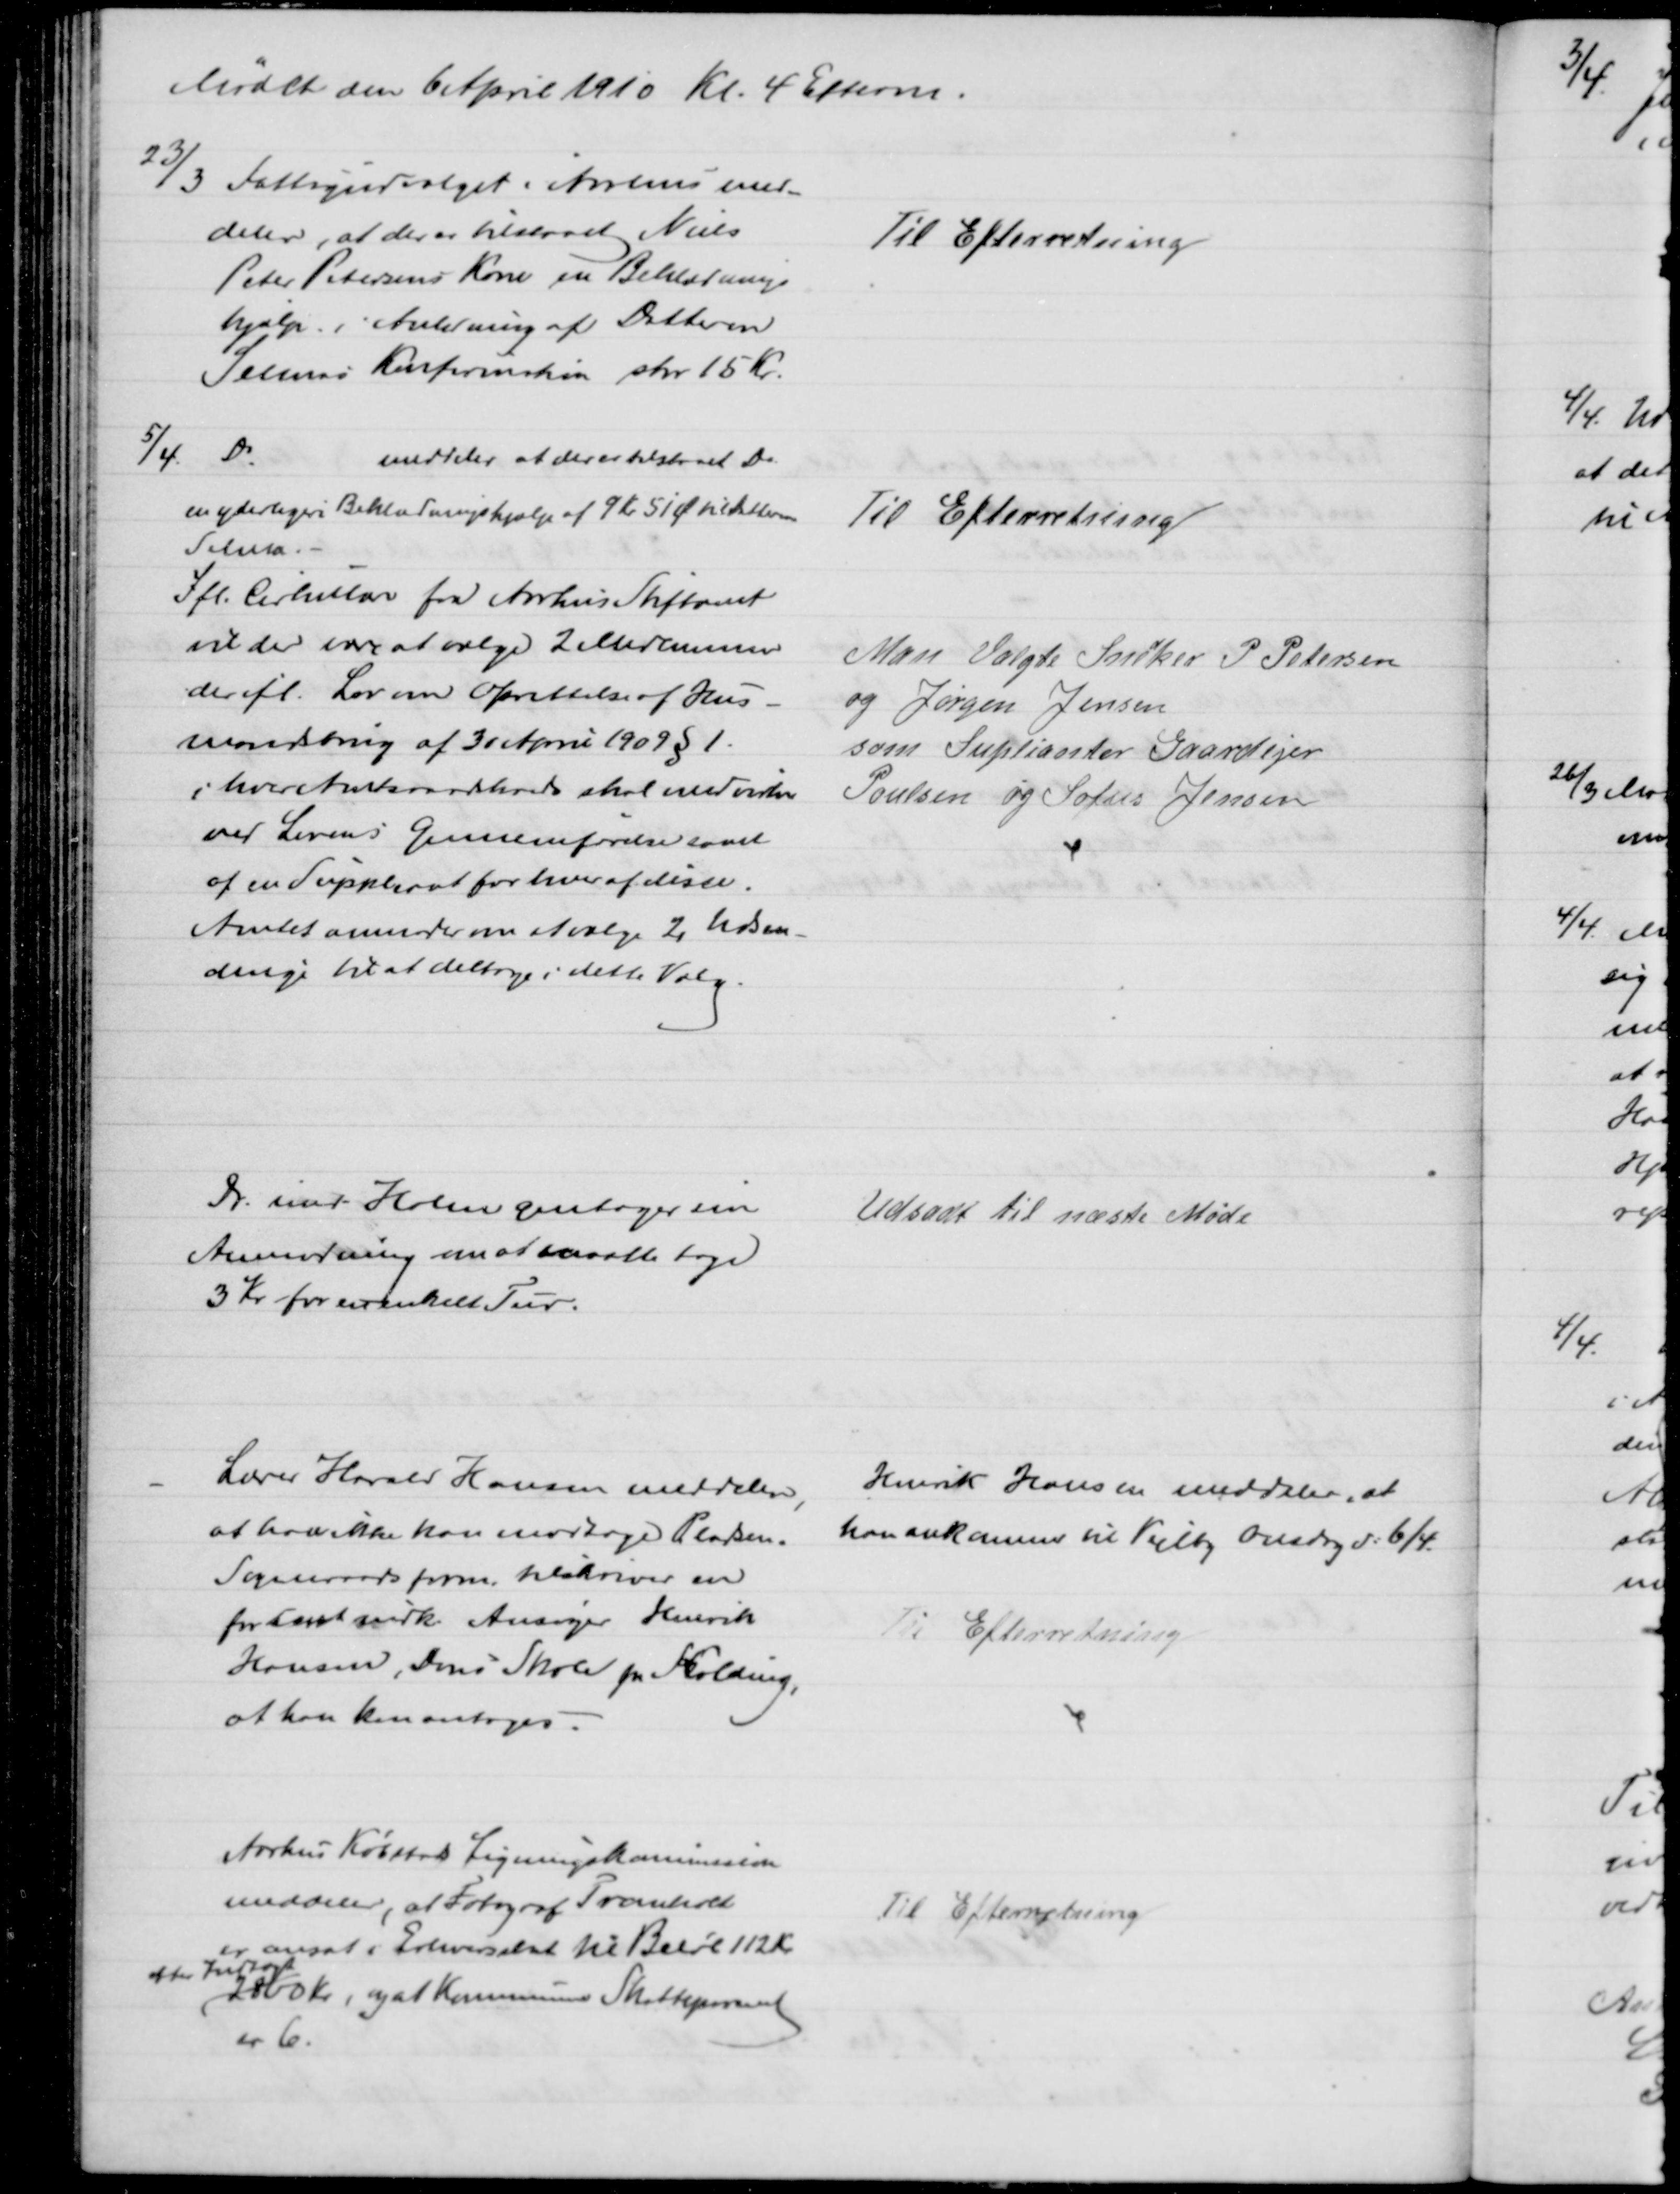
Transskription:
Mødet den 6 April 1910 Kl. 4 Efterm.
23/3 Fattigudvalget i Aarhus med-
deler, at der er tilstaaet Niels
Peter Petersens Kone en Beklædnings
hjælp i Anledning af Datteren
Selmas Konfirmation stor 15 Kr.
Til Efterretning
5/4
Do
meddeler at der er tilstaaet Do
en yderligere Beklædningshjælp af 9 Kr 51 Ø til Datteren
Selma.
Til Efterretning
Ifl. Cirkulære fra Aarhus Stiftamt
vil der være at vælge 2 Medlemmer
der ifl. Lov om Oprettelse af Hus-
mandsbrug af 30 April 1909 § 1.
i hver Amtsraadskreds skal medvirke
ved Lovens Gennemførelse samt
af en Suppleant for hver af disse.
Amtet anmoder om at vælge 2 Udsen-
dinge til at deltage i dette Valg.
Man Valgte Snedker P. Petersen
og Jørgen Jensen
som Suplianter Gaardejer
Poulsen og Sofus Jensen
Dr. med. Holm gentager sin
Anmodning om at maatte tage
3 Kr for en enkelt Tur.
Udsadt til næste Møde
Lærer Harald Hansen meddeler,
at han ikke kan modtage Pladsen.
Sogneraadsform. tilskriver en
for samt indk. Ansøger Henrik
Hansen, Dons Skole pr Kolding,
at han kan antages.
Henrik Hansen meddeler, at
han ankommer til Vejlby Onsdag d: 6/4
Til Efterretning
Aarhus Købstads Ligningskommission
meddeler, at Fotograf Tromholt
er ansat i Erhvervsskat til Beløb 112 Kr. 
efter Indtægt
2800 Kr, og at Kommunens Skatteprocent
er 6.
Til Efterretning